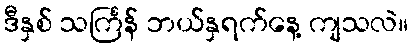
ဒီနှစ် သင်္ကြန် ဘယ်နှရက်နေ့ ကျသလဲ။